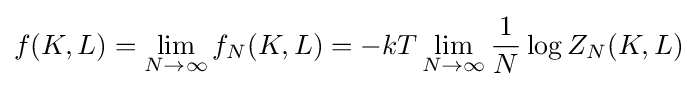
f(K,L)=\lim _{N\rightarrow \infty }f_{N}(K,L)=-kT\lim _{N\rightarrow \infty }{\frac {1}{N}}\log Z_{N}(K,L)